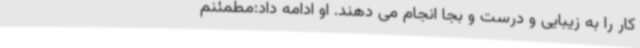
کار را به زیبایی و درست و بجا انجام می دهند. او ادامه داد:مطمئنم